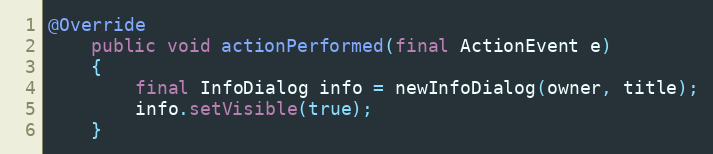
Language: Java
@Override
	public void actionPerformed(final ActionEvent e)
	{
		final InfoDialog info = newInfoDialog(owner, title);
		info.setVisible(true);
	}